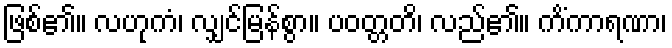
ဖြစ်၏။ လဟုကံ၊ လျှင်မြန်စွာ။ ပဝတ္တတိ၊ လည်၏။ ကိံကာရဏာ၊